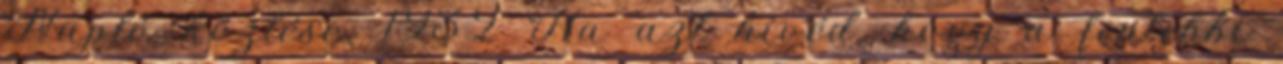
Napló közlése, 1932 Ha azt hívéd, hogy a fentebbi